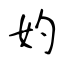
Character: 妁